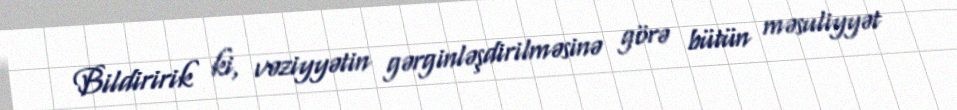
Bildiririk ki, vəziyyətin gərginləşdirilməsinə görə bütün məsuliyyət